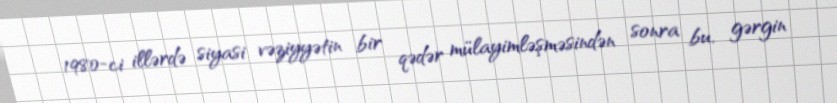
1980-ci illərdə siyasi vəziyyətin bir qədər mülayimləşməsindən sonra bu, gərgin